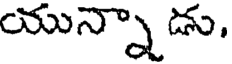
యున్నా డు.